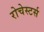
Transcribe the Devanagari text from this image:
रोचेस्टर्स